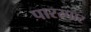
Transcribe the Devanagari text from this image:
पारस्पार